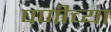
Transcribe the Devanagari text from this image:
पणीच्या